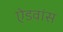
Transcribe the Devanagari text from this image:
ऐडवांस